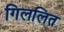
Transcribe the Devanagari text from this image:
गिललित